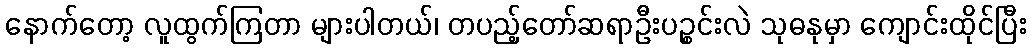
နောက်တော့ လူထွက်ကြတာ များပါတယ်၊ တပည့်တော်ဆရာဦးပဉ္စင်းလဲ သုဓနုမှာ ကျောင်းထိုင်ပြီး